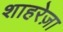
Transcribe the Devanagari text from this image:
शाहरेज़ा